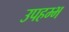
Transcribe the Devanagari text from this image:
उपहम्भ